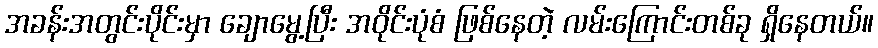
အခန်းအတွင်းပိုင်းမှာ ချောမွေ့ပြီး အဝိုင်းပုံစံ ဖြစ်နေတဲ့ လမ်းကြောင်းတစ်ခု ရှိနေတယ်။